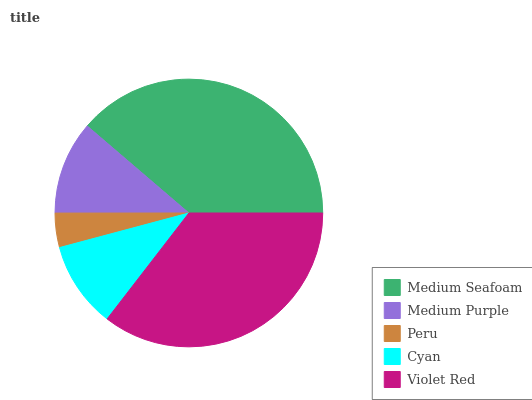
| Medium Seafoam | Medium Purple | Peru | Cyan | Violet Red |
 | --- | --- | --- | --- | --- |
 | 38.7% | 11.3% | 4.14% | 10.4% | 35.5% |